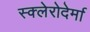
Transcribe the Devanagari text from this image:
स्क्लेरोदेर्मा